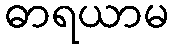
ဓာရယာမ